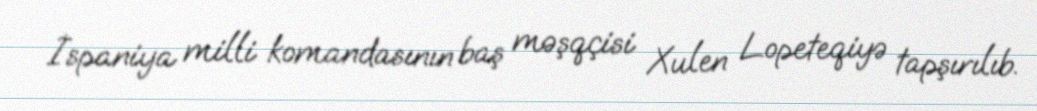
İspaniya milli komandasının baş məşqçisi Xulen Lopeteqiyə tapşırılıb.